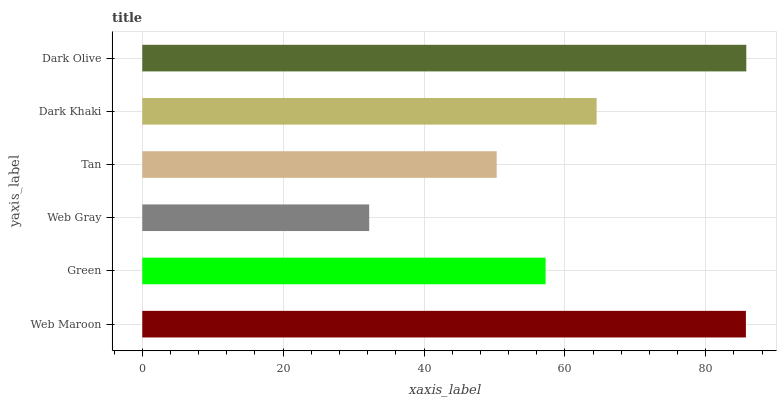
| yaxis_label | bars |
 | --- | --- |
 | Web Maroon | 85.7 |
 | Green | 57.3 |
 | Web Gray | 32.2 |
 | Tan | 50.3 |
 | Dark Khaki | 64.5 |
 | Dark Olive | 85.7 |